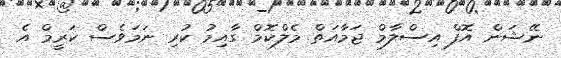
ނޭޝަން އޮފް އިސްލާމް ޖަމާއަތް މެލްކޮމް ގާއިމު ކުރި ނަމަވެސް ކަރީމް އެ